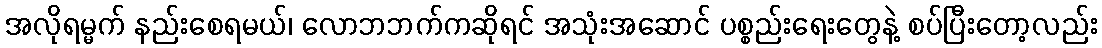
အလိုရမ္မက် နည်းစေရမယ်၊ လောဘဘက်ကဆိုရင် အသုံးအဆောင် ပစ္စည်းရေးတွေနဲ့ စပ်ပြီးတော့လည်း